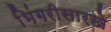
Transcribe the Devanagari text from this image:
भिंगरीसारखे